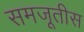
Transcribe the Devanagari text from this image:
समजूतीस